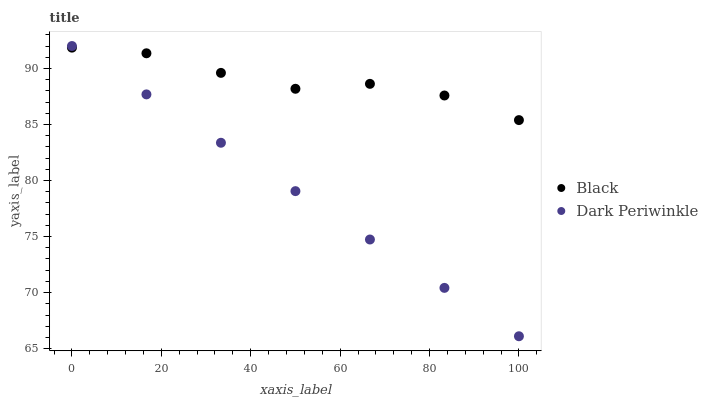
| xaxis_label | Black | Dark Periwinkle |
 | --- | --- | --- |
 | 0 | 91.9 | 92 |
 | 16.7 | 91.4 | 87.7 |
 | 33.3 | 89.6 | 83.4 |
 | 50 | 88.2 | 79.1 |
 | 66.7 | 88.6 | 74.7 |
 | 83.3 | 87.6 | 70.4 |
 | 100 | 85.4 | 66.1 |